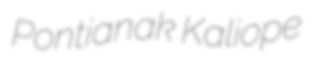
Pontianak Kaliope